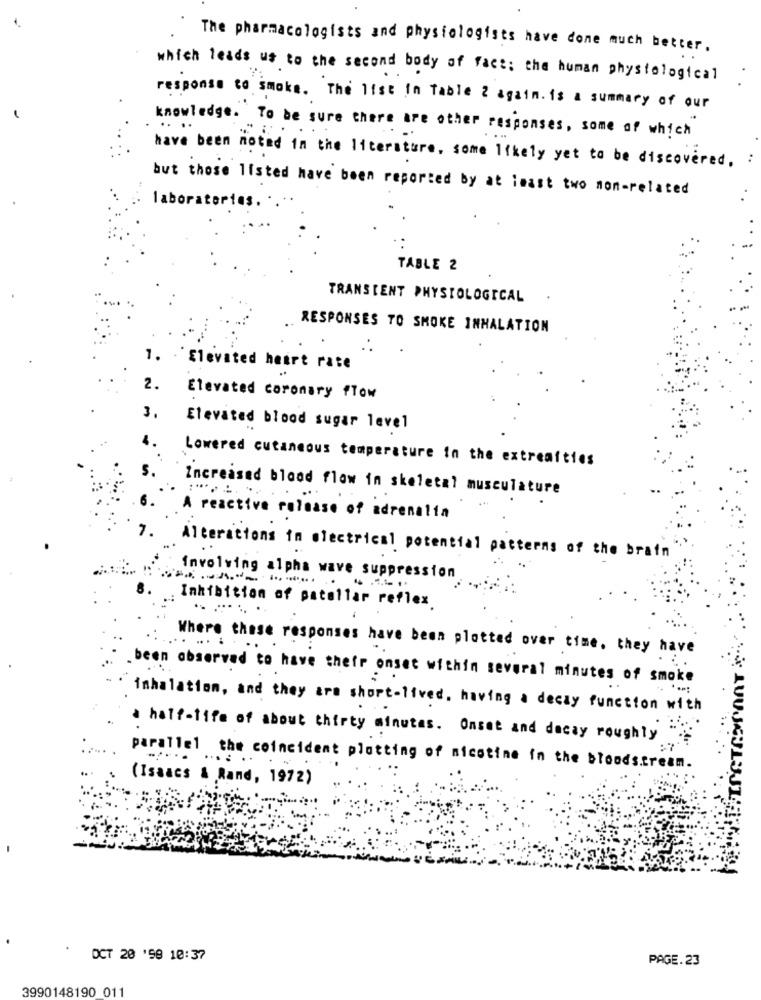
"The pharmacologists and physiologists have done much better.
which leads us to the second body of fact: the human physiological
response to smoke. The list in Table 2 again. is a summary of our
knowledge. To be sure there are other responses, some of which
have been noted in the literature, some likely yet to be discovered.
but those listed have been reported by at least two mon-related
laboratories.
TABLE 2
TRANSIENT PHYSIOLOGICAL
RESPONSES TO SMOKE INHALATION
1. Elevated heart rate
2.
Elevated coronary flow
3.
Elevated blood sugar level
Lowered cutaneous temperature in the extreafties
Increased blood flow in skeletal musculature
:“ .... ...
A reactive release of adrenalin
Alterations in electrical potential patterns of the brain
Involving alpha wave suppression
Inhibition of patellar reflex.
Where these responses have been plotted over time, they have
.been observed to have their onset within several minutes of smoke
...:
inhalation, and they are short-lived, having a decay function with
a half-life of about thirty minutes. Onset and decay roughly
parallel the coincident plotting of nicotine in the bloodstream.
(Isaacs & Rand, 1972)
OCT 20 '98 10:37
PAGE.23
3990148190 011